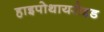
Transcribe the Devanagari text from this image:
हाइपोथायरोइड